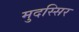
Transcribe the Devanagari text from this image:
मुदस्सिर